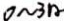
0 \sim 3 n